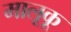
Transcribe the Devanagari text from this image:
मालूकू